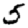
Digit: 5